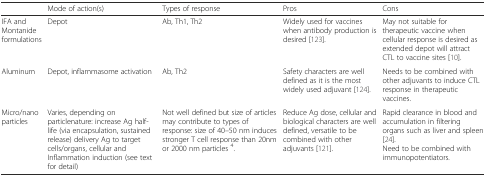
<table><thead><tr><td></td><td><b>Mode of action(s)</b></td><td><b>Types of response</b></td><td><b>Pros</b></td><td><b>Cons</b></td></tr></thead><tbody><tr><td>IFA and Montanide formulations</td><td>Depot</td><td>Ab, Th1, Th2</td><td>Widely used for vaccines when antibody production is desired [123].</td><td>May not suitable for therapeutic vaccine when cellular response is desired as extended depot will attract CTL to vaccine sites [10].</td></tr><tr><td>Aluminum</td><td>Depot, inflammasome activation</td><td>Ab, Th2</td><td>Safety characters are well defined as it is the most widely used adjuvant [124].</td><td>Needs to be combined with other adjuvants to induce CTL response in therapeutic vaccines.</td></tr><tr><td>Micro/nano particles</td><td>Varies, depending on particlenature: increase Ag half-life (via encapsulation, sustained release) delivery Ag to target cells/organs, cellular and Inflammation induction (see text for detail)</td><td>Not well defined but size of articles may contribute to types of response: size of 40–50 nm induces stronger T cell response than 20nm or 2000 nm particles <sup>4</sup>.</td><td>Reduce Ag dose, cellular and biological characters are well defined, versatile to be combined with other adjuvants [121].</td><td>Rapid clearance in blood and accumulation in filtering organs such as liver and spleen [24].Need to be combined with immunopotentiators.</td></tr></tbody></table>